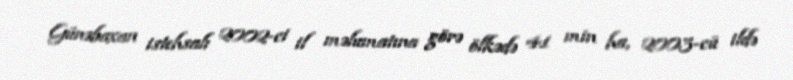
Günəbaxan istehsalı 2002-ci il məlumatına görə ölkədə 41 min ha, 2003-cü ildə